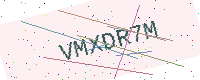
Text: VMXDR7M